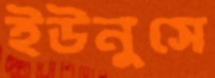
ইউনুসে